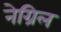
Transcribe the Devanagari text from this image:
नेग्रिल